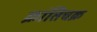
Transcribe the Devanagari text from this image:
क्रांतिचक्र